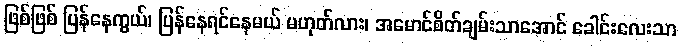
ဖြစ်ဖြစ် ပြန်နေကွယ်၊ ပြန်နေရင်နေမယ် မဟုတ်လား၊ အမောင်စိတ်ချမ်းသာအောင် ခေါင်းလေးသာ